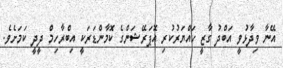
އޭނާ ވިދާޅުވީ އަބްދު ގާޒީ ހައްޔަރުކުރި އޮޕަރޭޝަންގެ ކޮމާންޑަރަކީ އިބްރާހިމް ދީދީ ކަމަށެވެ.